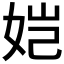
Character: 𫝧